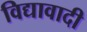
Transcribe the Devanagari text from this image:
विद्यावादी